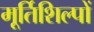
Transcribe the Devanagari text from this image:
मूर्तिशिल्पों